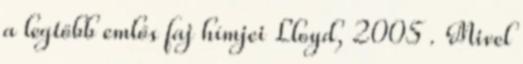
a legtöbb emlős faj hímjei Lloyd, 2005 . Mivel